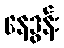
နေဒွန်း